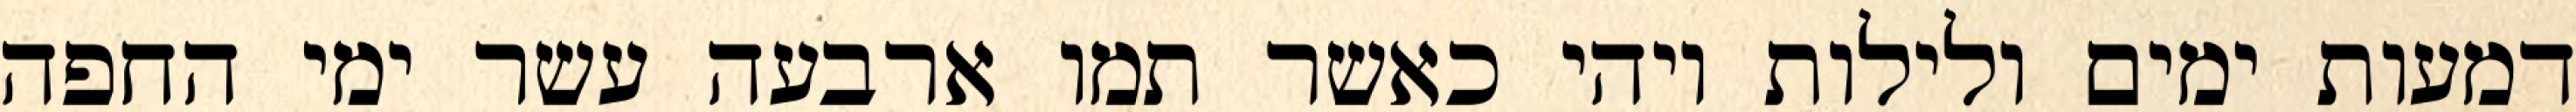
דמעות ימים ולילות ויהי כאשר תמו ארבעה עשר ימי החפה